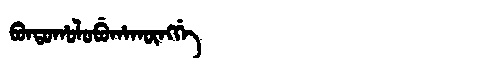
Manchu: ᠪᠣᠨᡨᠣᡥᠣᠯᠣᠪᡠᡥᠠᡴᡡᠩᡤᡝ
Romanization: BONTOHOLOBUHAKŪNGGE